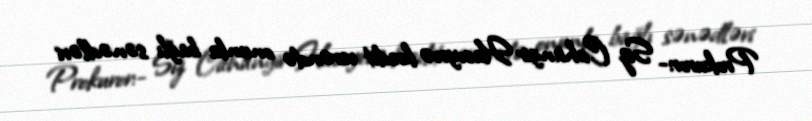
Prokuror:- Siz Cahangir Hacıyevə kredit verəndə onunla bağlı sənədləri